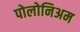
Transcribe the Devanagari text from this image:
पोलोनिअम